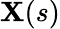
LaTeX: \mathbf{X}(s)